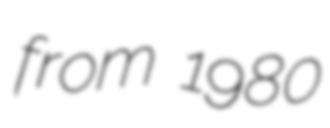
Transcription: from 1980